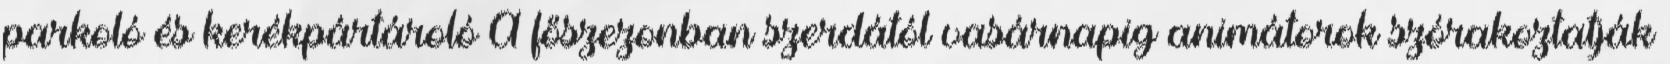
parkoló és kerékpártároló A főszezonban szerdától vasárnapig animátorok szórakoztatják